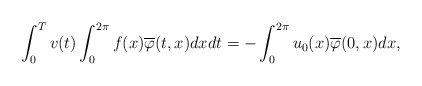
\begin{align*} \int_{0}^{T}v(t)\int_{0}^{2\pi}f(x)\overline{\varphi}(t,x)dxdt=-\int_{0}^{2\pi}u_0(x)\overline{\varphi}(0,x)dx,\end{align*}